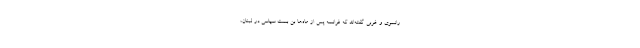
رانسوی و غربی گفته‌اند که فرانسه پس از ماه‌ها بن بست سیاسی در لبنان،